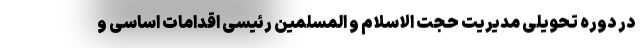
در دوره تحویلی مدیریت حجت الاسلام و المسلمین رئیسی اقدامات اساسی و